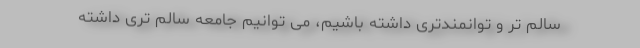
سالم تر و توانمندتری داشته باشیم، می توانیم جامعه سالم تری داشته